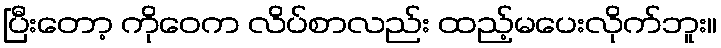
ပြီးတော့ ကိုဝေက လိပ်စာလည်း ထည့်မပေးလိုက်ဘူး။